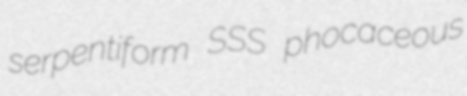
serpentiform SSS phocaceous